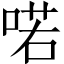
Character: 喏